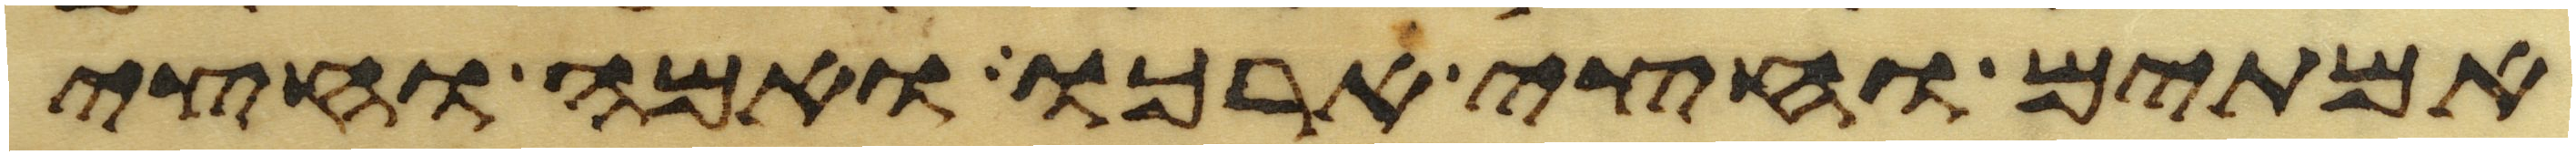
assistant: אמתים וחצי ארכו ואמה וחצי